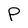
Character: P